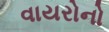
વાયરોનો